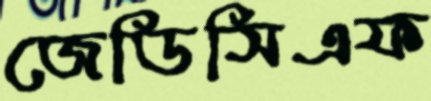
জেডিসিএফ